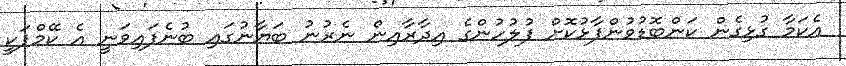
އެކަމާ ގުޅިގެން ކަންބޮޑުވުންފާޅުކޮށް ފުލުހުންގެ އިދާރާއިން ނެރުނު ބަޔާނުގައި ބުނެފައިވަނީ އެ ކޭމްޕަކީ